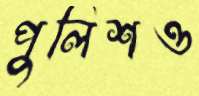
পুলিশও